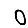
Digit: 0